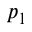
p _ { 1 }